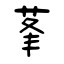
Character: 莑